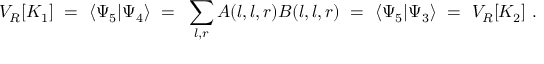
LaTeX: V _ { R } [ K _ { 1 } ] ~ = ~ \langle \Psi _ { 5 } | \Psi _ { 4 } \rangle ~ = ~ \sum _ { l , r } A ( l , l , r ) B ( l , l , r ) ~ = ~ \langle \Psi _ { 5 } | \Psi _ { 3 } \rangle ~ = ~ V _ { R } [ K _ { 2 } ] ~ .